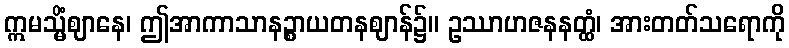
ဣမသ္မိံဈာနေ၊ ဤအာကာသာနဉ္စာယတနဈာန်၌။ ဥဿာဟဇနနတ္ထံ၊ အားတတ်သရောကို